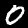
Label: 0